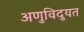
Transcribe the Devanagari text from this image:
अणुविदुयत